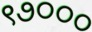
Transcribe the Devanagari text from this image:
९७०००